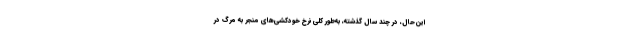
این‌حال، در چند سال گذشته، به‌طور کلی نرخ خودکشی‌های منجر به مرگ در